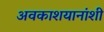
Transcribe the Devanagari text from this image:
अवकाशयानांशी